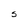
Character: S